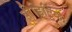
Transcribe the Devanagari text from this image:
पीडिट्रिक